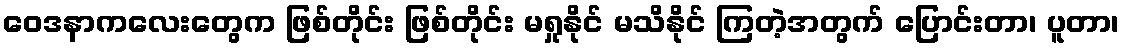
ဝေဒနာကလေးတွေက ဖြစ်တိုင်း ဖြစ်တိုင်း မရှုနိုင် မသိနိုင် ကြတဲ့အတွက် ပြောင်းတာ၊ ပူတာ၊